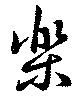
樂